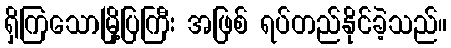
ရှိကြသောမြို့ပြကြီး အဖြစ် ရပ်တည်နိုင်ခဲ့သည်။